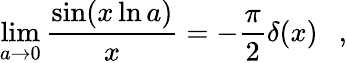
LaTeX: \operatorname*{lim}_{a\rightarrow 0}{\frac{\sin(x\ln a)}{x}}=-{\frac{\pi}{2}}\delta(x)~~~,